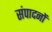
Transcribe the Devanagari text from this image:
संपादनों